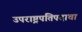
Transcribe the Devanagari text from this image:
उपराष्ट्रपतिपदाचा